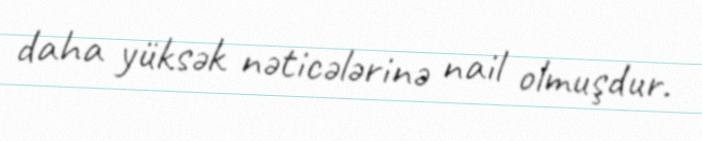
daha yüksək nəticələrinə nail olmuşdur.